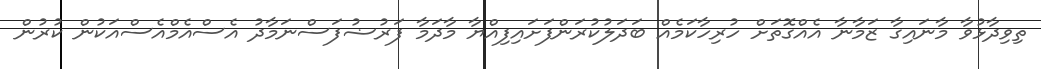
ތިވިދާޅުވާ މާނައިގާ ޒަމާނާ އެއްގޮތަށް ހުރިހާކަމެއް ބަދަލުކުރަންފަށައިފިއްޔާ މާދަމާ ފަރުޟުފަސްނަމާދު އެސްއެމްއެސްއަކުން ކުރުން